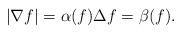
LaTeX: \begin{align*}|\nabla f | = \alpha(f) \Delta f= \beta(f).\end{align*}